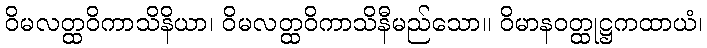
ဝိမလတ္ထဝိကာသိနိယာ၊ ဝိမလတ္ထဝိကာသိနီမည်သော။ ဝိမာနဝတ္ထုဋ္ဌကထာယံ၊